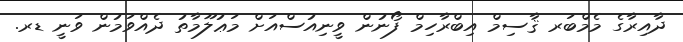
ދާއިރާގެ މެމްބަރ ޤާސިމް އިބްރާހިމް ފޯނުން ވީނިއުސްއަށް މަޢުލޫމާތު ދެއްވަމުން ވަނީ ޑރ.